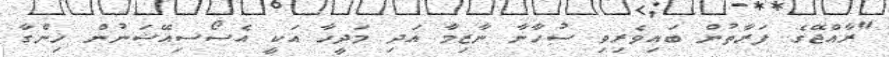
"ރާއްޖޭގެ ފަރާތުން ބައިވެރިވި ސުހާނާ ނާޒިމާ އަދި މަދީހާ އަކީ އެސޯސިއޭޝަނުން ހިންގާ